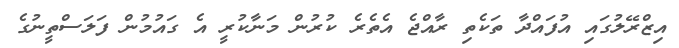
އިޒްރޭލުގައި އުފައްދާ ތަކެތި ރާއްޖެ އެތެރެ ކުރުން މަނާކުރީ އެ ގައުމުން ފަލަސްތީނުގެ